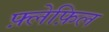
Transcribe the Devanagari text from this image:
फ़्लेफ़िल